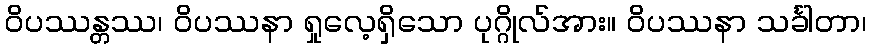
ဝိပဿန္တဿ၊ ဝိပဿနာ ရှုလေ့ရှိသော ပုဂ္ဂိုလ်အား။ ဝိပဿနာ သင်္ခါတာ၊